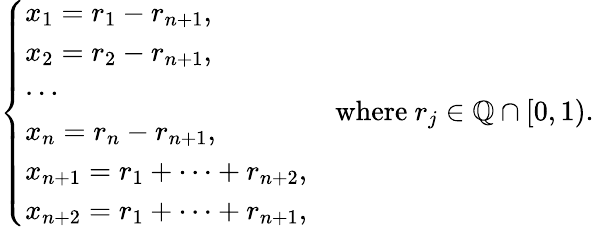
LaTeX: \begin{array}{r}{\left\{ \begin{array}{ll}{x_{1}=r_{1}-r_{n+1},}\\ {x_{2}=r_{2}-r_{n+1},}\\ {\cdots}\\ {x_{n}=r_{n}-r_{n+1},}\\ {x_{n+1}=r_{1}+\cdots+r_{n+2},}\\ {x_{n+2}=r_{1}+\cdots+r_{n+1},}\end{array}\right.\quad\mathrm{where}\ r_{j}\in\mathbb{Q}\cap[0,1).}\end{array}